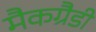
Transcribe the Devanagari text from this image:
मैकग्रैडी